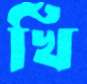
খিঁ